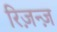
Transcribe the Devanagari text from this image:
रिज़न्ज़